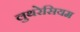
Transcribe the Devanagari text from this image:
लुथरेसियम